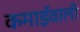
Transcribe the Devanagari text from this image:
कमाईवाली